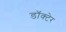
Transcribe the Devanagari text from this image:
डॉक्टेर